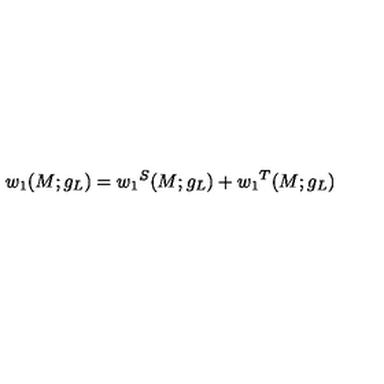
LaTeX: w _ { 1 } ( M ; g _ { L } ) = { w _ { 1 } } ^ { S } ( M ; g _ { L } ) + { w _ { 1 } } ^ { T } ( M ; g _ { L } )